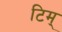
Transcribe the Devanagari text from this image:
टिम्